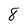
Character: 8